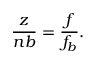
\frac { z } { n b } = \frac { f } { f _ { b } } .